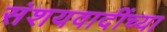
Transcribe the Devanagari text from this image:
संशयवादींच्या